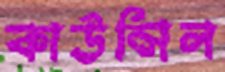
কাউন্সিল